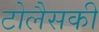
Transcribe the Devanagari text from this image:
टोलैसकी